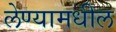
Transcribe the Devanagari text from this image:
लेण्यामधील